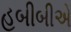
હબીબીએ